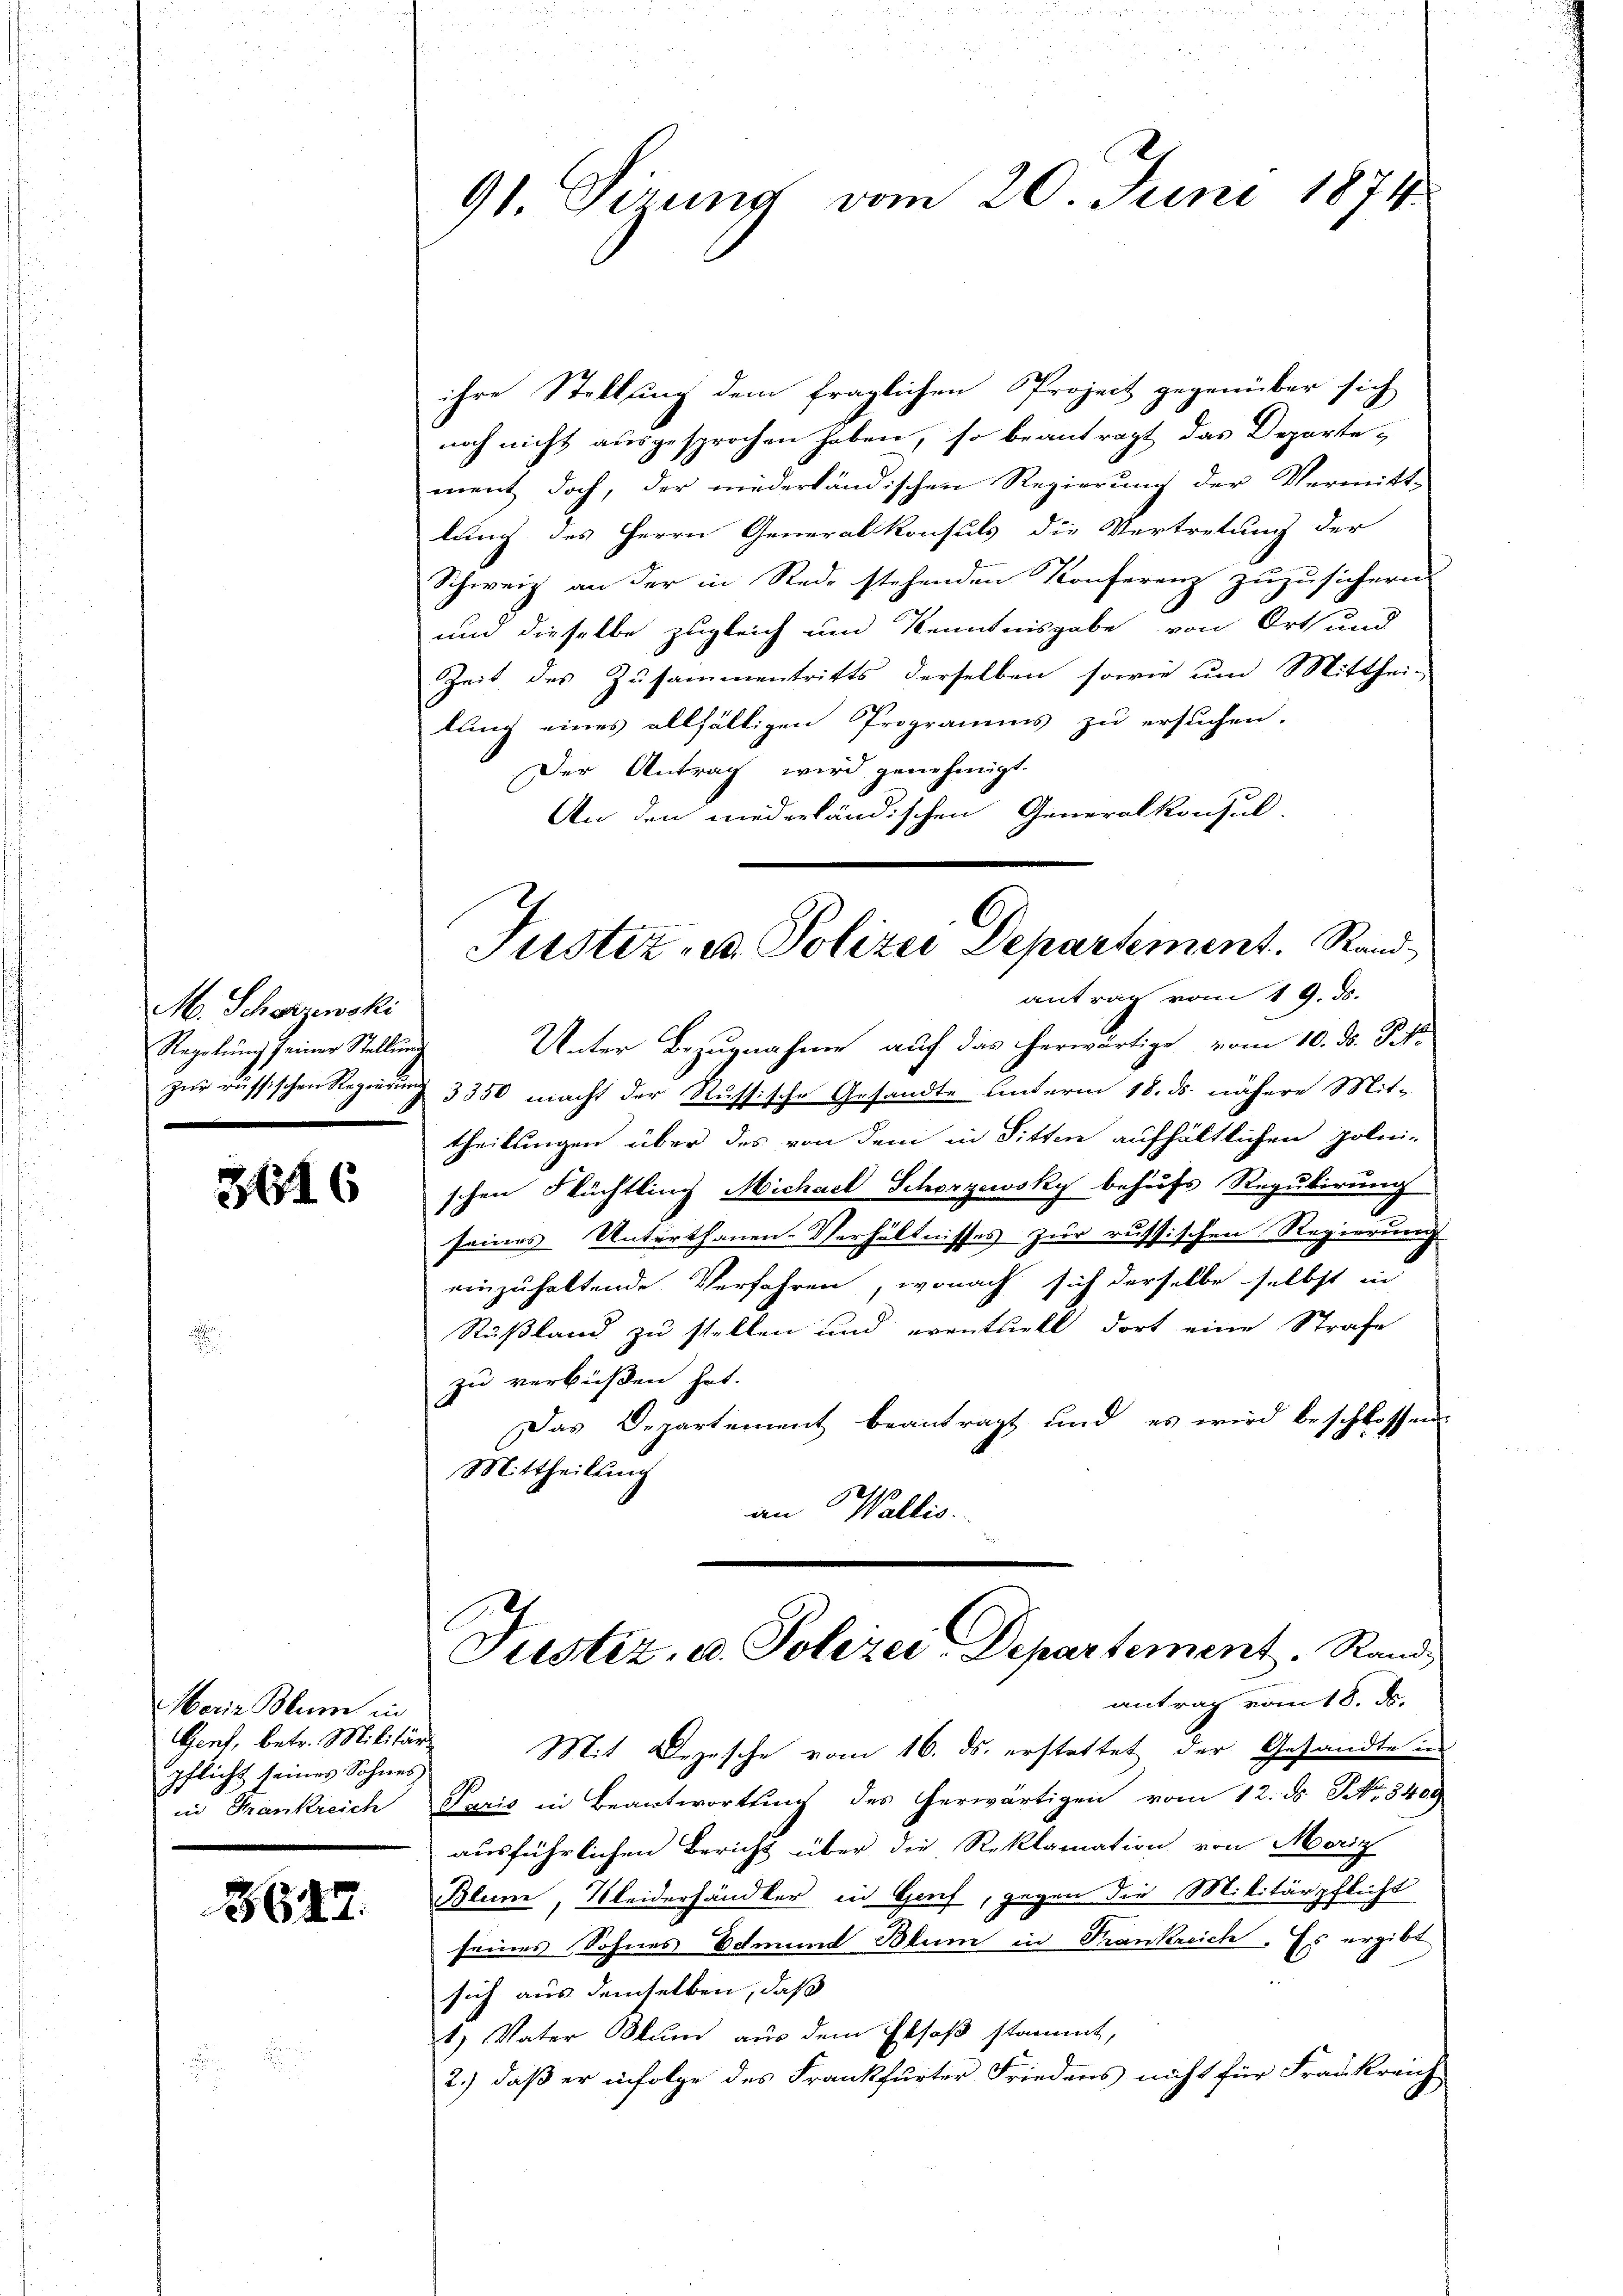
M. Schörzenski
Regelung seiner Stellung
zur russischen Regierung

3616

Maria Blum in
Gent, betr. Militärs
pflicht seines Sohnes
Frankreich

3647.

91 Sirung vom 20. Juni 1874.

ihre Stellung dem fraglichen Prozeit gegenüber sich
noch nicht ausgesprochen haben, so beantragt das Departe
ment doch, der niederländischen Regierung der Vermitt-
lung des Herrn Generalkonsuls die Vertretung der
Schweiz an der in Rede stehenden Konferenz zuzusichern.
und dieselbe zugleich und Kenntnisgabe von Orts und
Zeit des Zusammentritts derselben sowie um Mitthei-
lung eines allfälligen Programms zu ersuchen.
Der Antrag wird genehmigt.
An den niederländischen Generalkonsul-
Justiz- u. Polizei Departement. Rand¬

antrag vom 19. ds.
Unter Bezugnahme auf das herwärtige vom 10. ds. Tit.
3350 macht der Russische Gesandte unterm 18. ds. nähere Mit-
theilungen über des von dem in Sitten aufhältlichen polni-
schen Flüchtling Michael Schörzewsky behufs Regulirung
seines Unterthanen-Verhältnisses zur russischen Regierung
einzuhaltende Verfahren, wonach sich derselbe selbst in
Rußland zu stellen und eventuell dort eine Strafe
zu verbüßen hat.
Das Departement beantragt und es wird beschlossen.
Mittheilung
an Wallis.
E
Justiz- u. Polizei-Departement. Rand,
antrag vom 18. ds.
Mit Bezesche vom 16. ds. erstattet der Gesandte in
Paris in Beantwortung des herwärtigen vom 12. ds. No. 3409
ausführlichen Bericht über die Reklamation von Morig
Blum, Kleiderhändler in Genf, gegen die Militärpflicht
seines Sohnes Schmund Blum in Trankreich. Es ergibt
sich aus demselben, daß
2) Vater Blum aus dem Elsaß stammt,
2.) daß er infolge des Frankfurter Friedens nicht für Frankreich